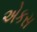
એકસ